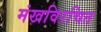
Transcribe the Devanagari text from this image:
मंखविरचित